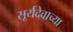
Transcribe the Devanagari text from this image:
सूर्यदेवाच्या